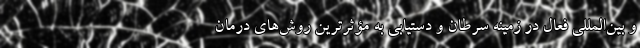
و بين‌المللي فعال در زمينه سرطان و دستیابی به مؤثرترین روش‌هاي درمان